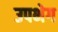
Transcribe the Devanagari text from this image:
उपभेग